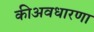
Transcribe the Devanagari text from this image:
कीअवधारणा